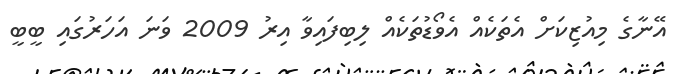
އޭނާގެ މިއުޒިކަށް އެތަކެއް އެވޯޑުތަކެއް ލިބިފައިވާ އިރު 2009 ވަނަ އަހަރުގައި ބީބީ